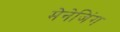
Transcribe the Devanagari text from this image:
मेनेजिंग